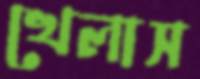
খেলাস